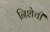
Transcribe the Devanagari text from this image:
निशेची